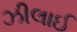
ઝીલાઈ